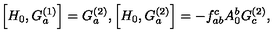
\left[ H _ { 0 } , G _ { a } ^ { ( 1 ) } \right] = G _ { a } ^ { ( 2 ) } , \left[ H _ { 0 } , G _ { a } ^ { ( 2 ) } \right] = - f _ { a b } ^ { c } A _ { 0 } ^ { b } G _ { c } ^ { ( 2 ) } ,